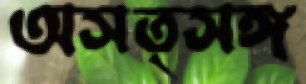
অসত্সঙ্গ